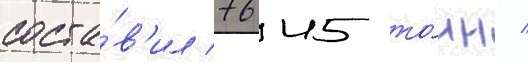
соста́в'ил 7645 то́нн /